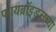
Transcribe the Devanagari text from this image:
फायब्रॉइड्सच्या